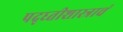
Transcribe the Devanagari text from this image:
पद्ध्तीशास्त्राचं